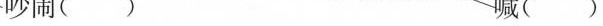
吵闹( ) 喊( )